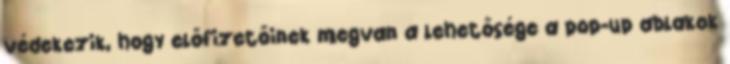
védekezik, hogy előfizetőinek megvan a lehetősége a pop-up ablakok